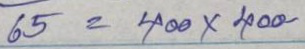
65 = 400 x 400